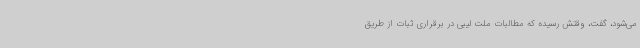
می‌شود، گفت، وقتش رسیده که مطالبات ملت لیبی در برقراری ثبات از طریق